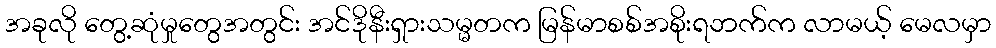
အခုလို တွေ့ဆုံမှုတွေအတွင်း အင်ဒိုနီးရှားသမ္မတက မြန်မာစစ်အစိုးရဘက်က လာမယ့် မေလမှာ